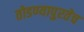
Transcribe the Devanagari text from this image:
तोडण्यापुरतेच